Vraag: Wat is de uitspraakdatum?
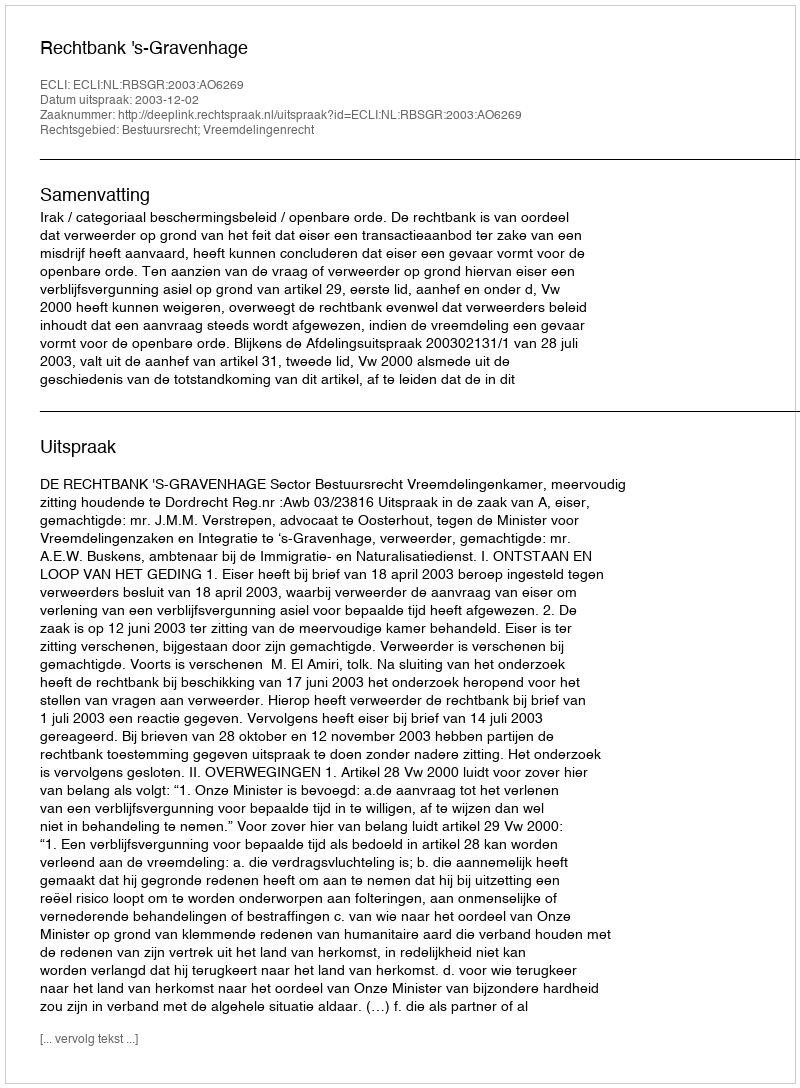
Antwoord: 2003-12-02